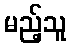
မည့်သူ